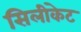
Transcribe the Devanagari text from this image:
सिलीकेट